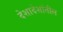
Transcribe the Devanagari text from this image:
देशादेशांतील